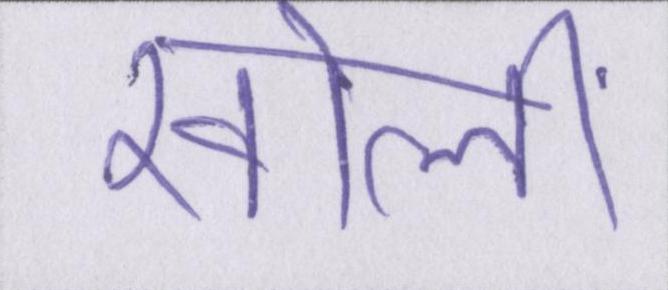
खोलीं